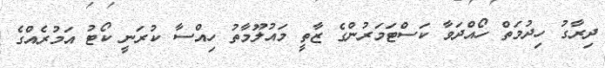
ދިރާގު ހިދުމަތް ހޯއްދަވާ ކަސްޓަމަރުންގެ ޒާތީ މައުލޫމާތު ހިއްސާ ކުރަނީ ކޯޓު އަމުރެއްގެ